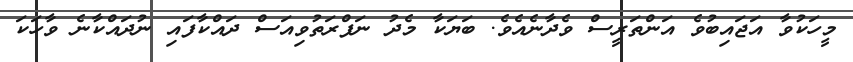
މީހަކުވާ އަޖައިބުވެ އަންތަރީސް ވެދާނެއެވެ. ބަޔަކާ މެދު ނަފްރަތުވިއަސް ދައްކާފައި ނުދައްކާނެ ވާހަކަ